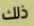
ذلك